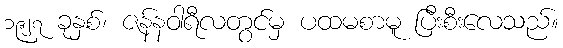
၁၉၂၇ ခုနှစ်၊ ဇန်နဝါရီလတွင်မှ ပထမစာမူ ပြီးစီးလေသည်။